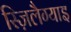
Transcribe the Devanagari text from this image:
स्ज़िलैग्याइ